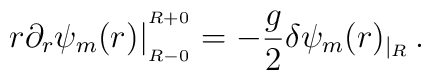
r \partial_r \psi_m (r) \big|^{^{R+0}}_{_{R-0}}=-{g\over 2}\delta\psi_m(r)_{|_R}\,.